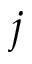
j